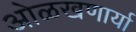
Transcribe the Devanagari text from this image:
ओळखणार्या